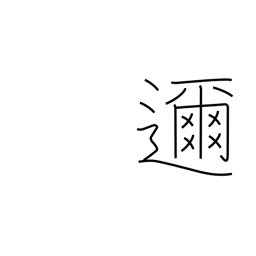
Meaning: close